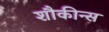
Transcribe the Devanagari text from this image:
शौकीन्स